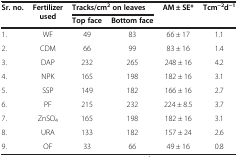
| <ROWSPAN=2> Sr. no. | <ROWSPAN=2> Fertilizer used | <COLSPAN=2> Tracks/cm2 on leaves | <ROWSPAN=2> AM ± SE* | <ROWSPAN=2> Tcm−2d−1 |
 | Top face | Bottom face |
 | --- | --- | --- | --- | --- | --- |
 | 1. | WF | 49 | 83 | 66 ± 17 | 1.1 |
 | 2. | CDM | 66 | 99 | 83 ± 16 | 1.4 |
 | 3. | DAP | 232 | 265 | 248 ± 16 | 4.2 |
 | 4. | NPK | 165 | 198 | 182 ± 16 | 3.1 |
 | 5. | SSP | 149 | 182 | 166 ± 16 | 2.7 |
 | 6. | PF | 215 | 232 | 224 ± 8.5 | 3.7 |
 | 7. | ZnSO4 | 165 | 198 | 182 ± 16 | 3.1 |
 | 8. | URA | 133 | 182 | 157 ± 24 | 2.6 |
 | 9. | OF | 33 | 66 | 49 ± 16 | 0.8 |